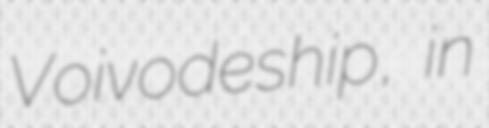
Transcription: Voivodeship, in